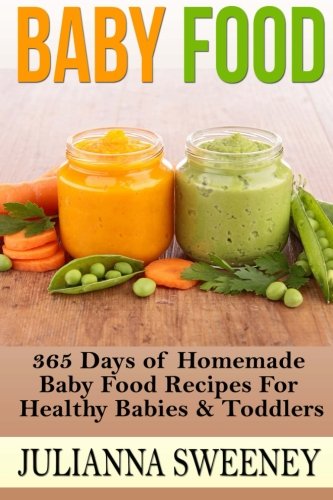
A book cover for Baby Food: 365 Days of Homemade Baby Food Recipes For Healthy Babies & Toddlers; Julianna Sweeney; Cookbooks, Food & Wine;